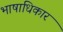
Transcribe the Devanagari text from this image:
भाषाधिकार